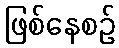
ဖြစ်နေစဉ်